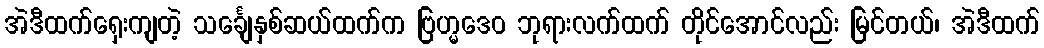
အဲဒီထက်ရှေးကျတဲ့ သင်္ချေနှစ်ဆယ်ထက်က ဗြဟ္မဒေဝ ဘုရားလက်ထက် တိုင်အောင်လည်း မြင်တယ်၊ အဲဒီထက်